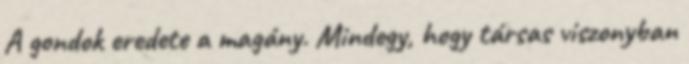
A gondok eredete a magány. Mindegy, hogy társas viszonyban